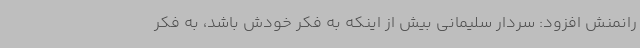
رانمنش افزود: سردار سلیمانی بیش از اینکه به فکر خودش باشد، به فکر